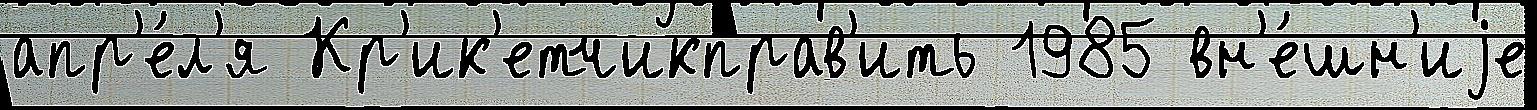
апр'е́л'я Кр'ик'етчикправ'ить 1985 вн'е́шн'иjе